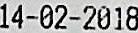
14-02-2018